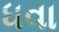
ધવા